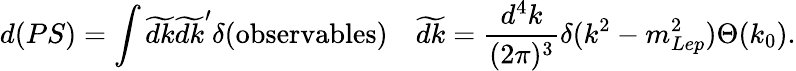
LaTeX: d(PS)=\int\widetilde{dk}\widetilde{dk}^{\prime}\delta(\mathrm{observables})\quad\widetilde{dk}=\frac{d^{4}k}{(2\pi)^{3}}\delta(k^{2}-m_{Lep}^{2})\Theta(k_{0}).